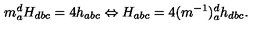
m _ { a } ^ { d } H _ { d b c } = 4 h _ { a b c } \Leftrightarrow H _ { a b c } = 4 ( m ^ { - 1 } ) _ { a } ^ { d } h _ { d b c } .